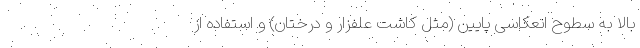
بالا به سطوح انعکاسی پایین (مثل کاشت علفزار و درختان) و استفاده از